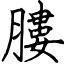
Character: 膢